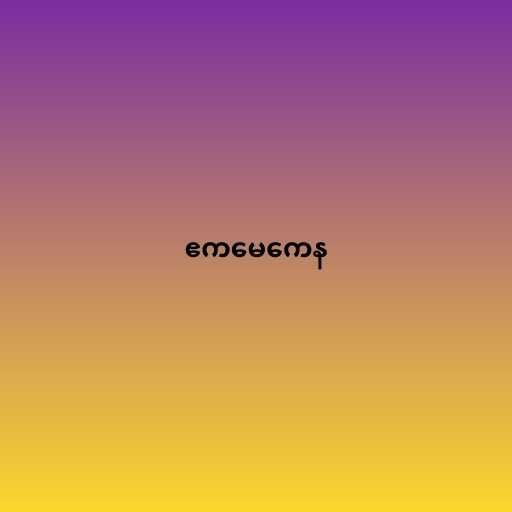
ဧကမေကေန